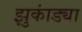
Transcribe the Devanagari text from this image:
झुकांड्या